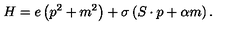
H = e \left( p ^ { 2 } + m ^ { 2 } \right) + \sigma \left( S \cdot p + \alpha m \right) .